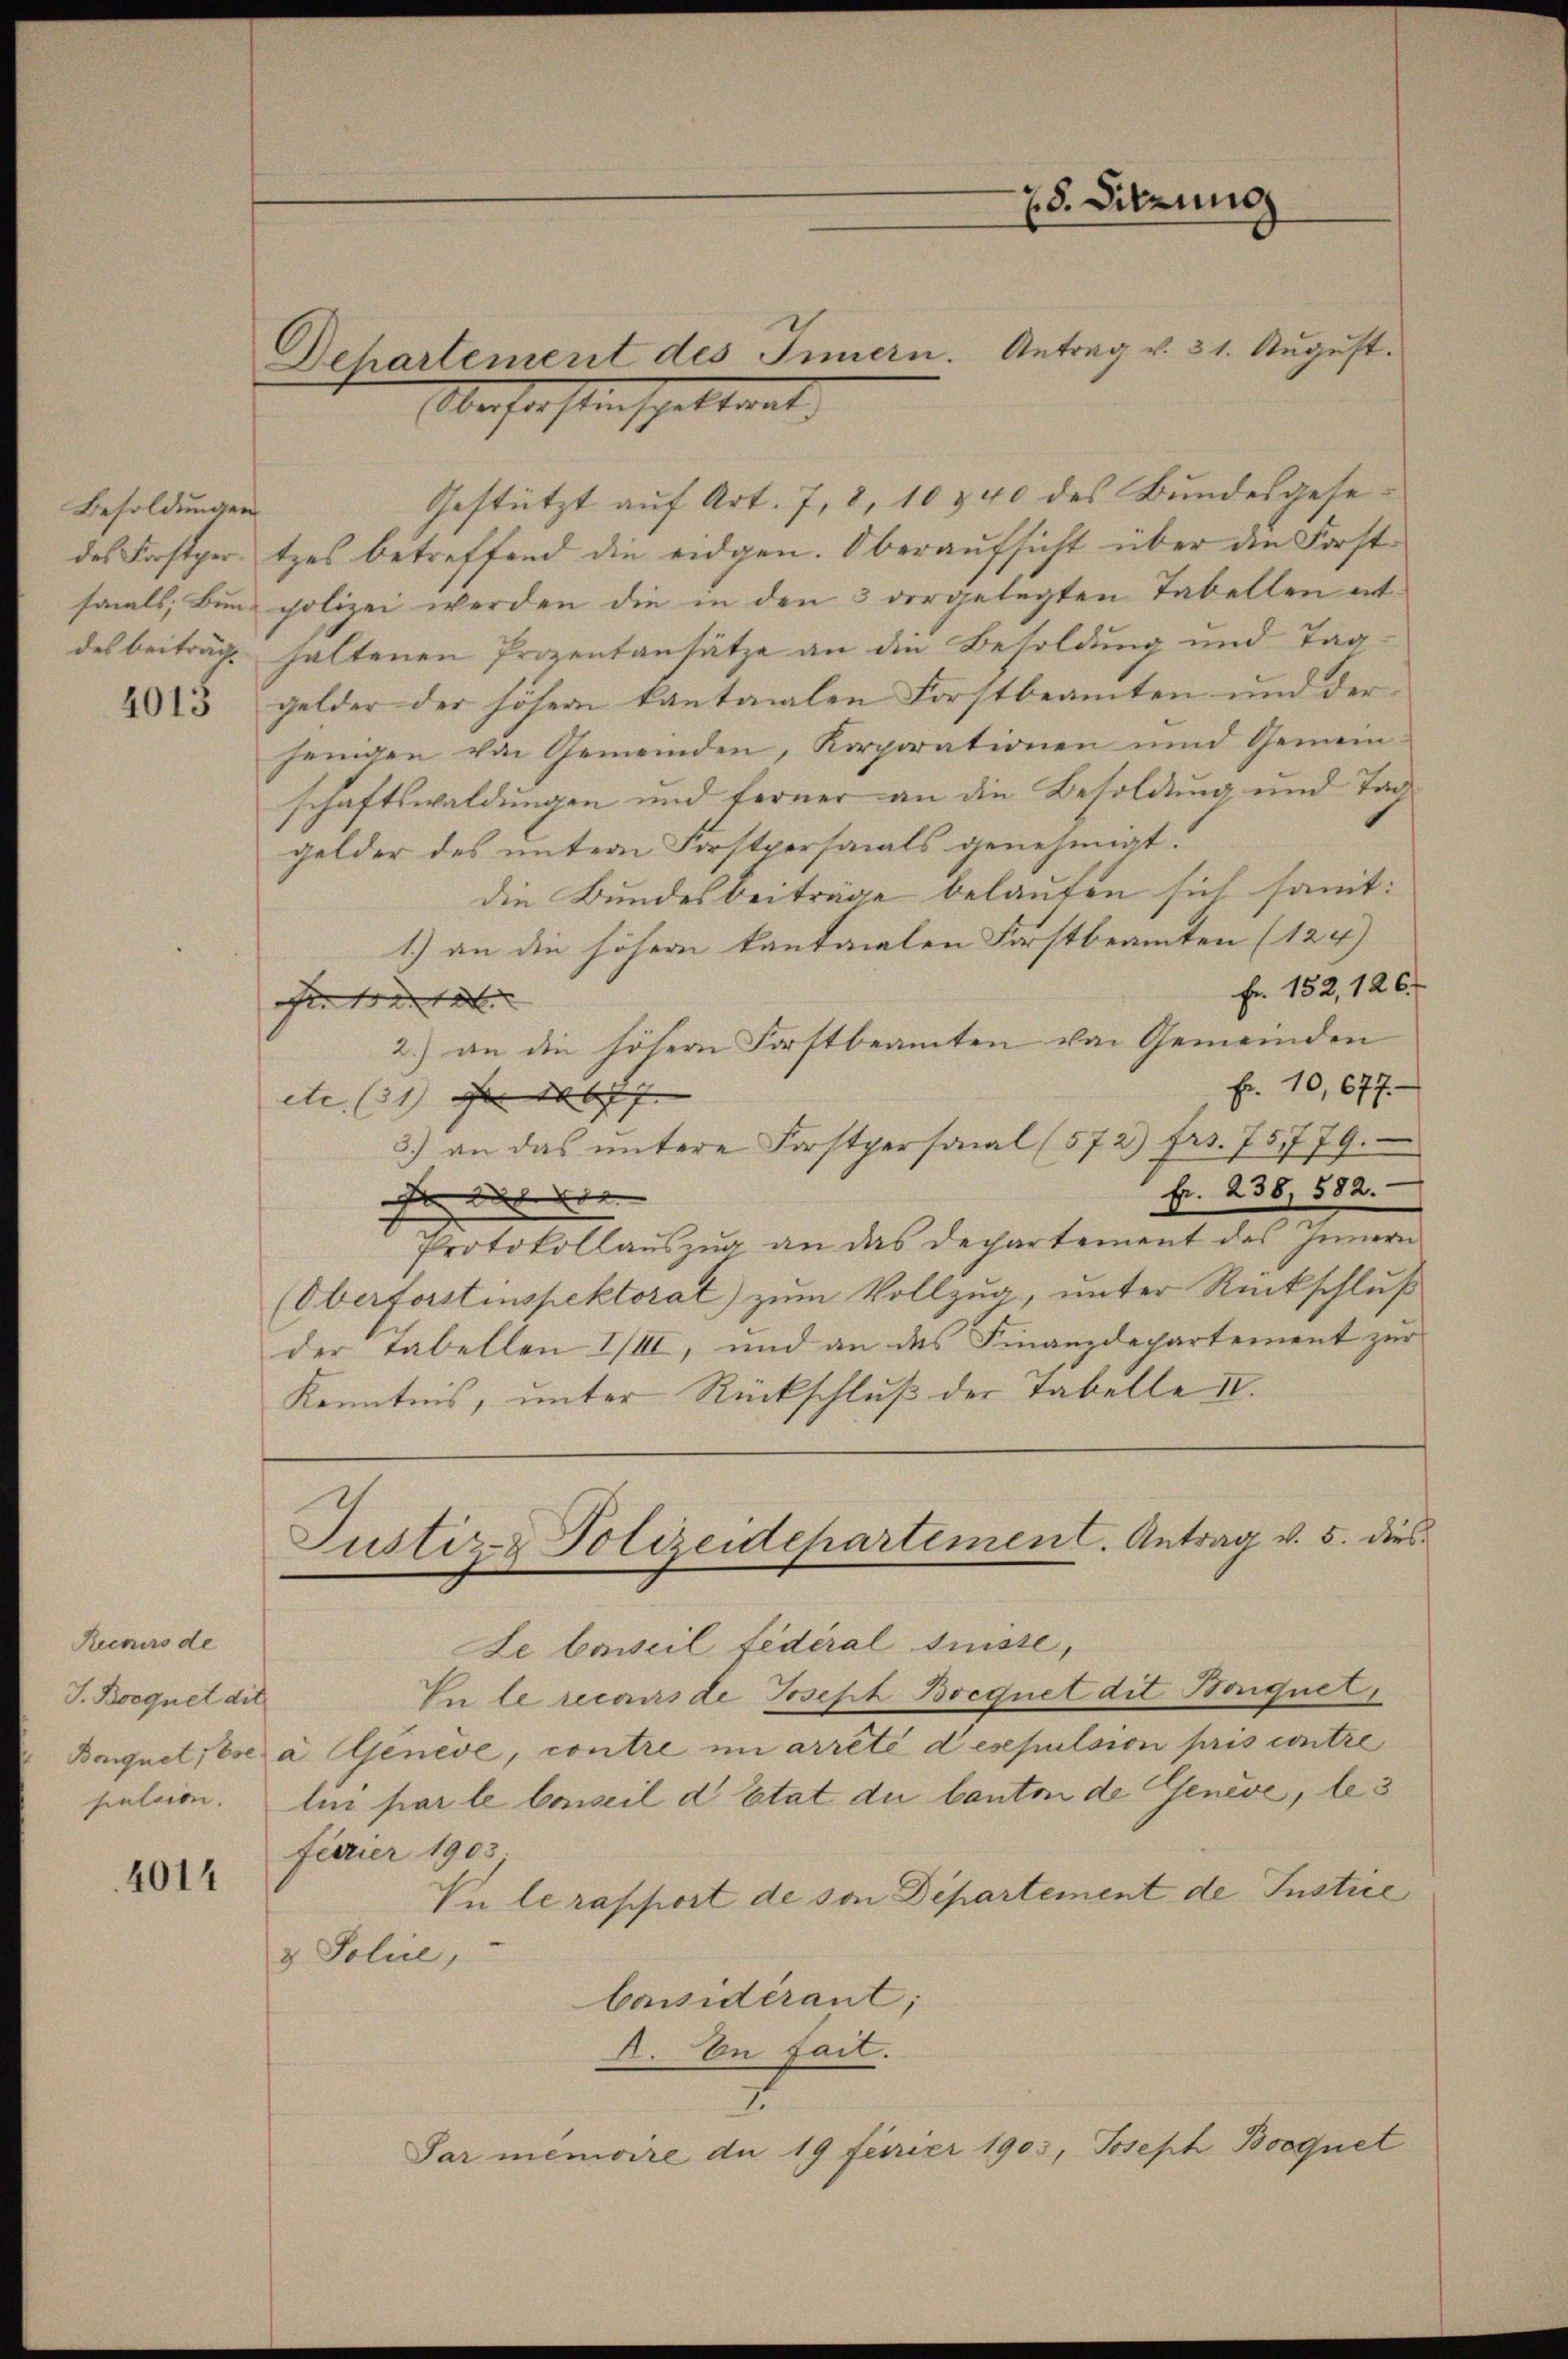
Besoldungen

4013

Kuners de
J. Borquet die
pulsion.

4014

Dehartement des Innern. Antrag v. 31. August.

28. Sitzung

Obersterstenspettant, |
Gestützt auf Art. 7, 8, 10 & 40 des Bundesgesedes Forstper. tzes betreffend die eidgen. Oberaufsicht über die Forstsals, Bund polizei werden die in den 3 vorgelegten Tabellen ert
des beiträge haltenen Prozentansätze an die Besoldung und Taggelder der höher kantonalen Forstbeamten und der
jenigen von Gemeinden, Korporationen und Gemein-
schaftswaldungen und ferner an die Besoldung und Tag
gelder des unter Forstpersonals genehmigt.
die Bundesbeiträge belaufen sich samt:
1.) an die höhern kantonalen Forstbeamten (124)
Fr. 152, 126.
fee treten |
2.) an die höher Forstbeamten von Gemeinden
Fr. 10, 677.
etc (31) S. 10677.
3.) an das ŭntere Forstpersonal (572) frs. 75779.
fr. 238, 582.

Protokollauszug an das Departement des Innern
(Oberforstinspektorat) zum Vollzug, unter Rückschluß
der Tabellen III, und an das Finanzdepartement zur
Kenntnis, unter Rückschluß der Tabelle II.
Justiz- & Polizeidepartement. Antrag v. 5. dies
Le beweil fédéral suisse,
In le recours de Joseph Bocquet dit Bonquet,
Boquet, Ese à Geneve, contre in arreté desepulsion pris contre
lui par le Conseil d Etat du Canton de Genève, le 3
Ferier 1903
Vn le rapport de von Departement de Instice
& Police,
Considérant;
A. In fait.
7.
Sar menicire du 19 Ferier 1903, Joseph Booquet